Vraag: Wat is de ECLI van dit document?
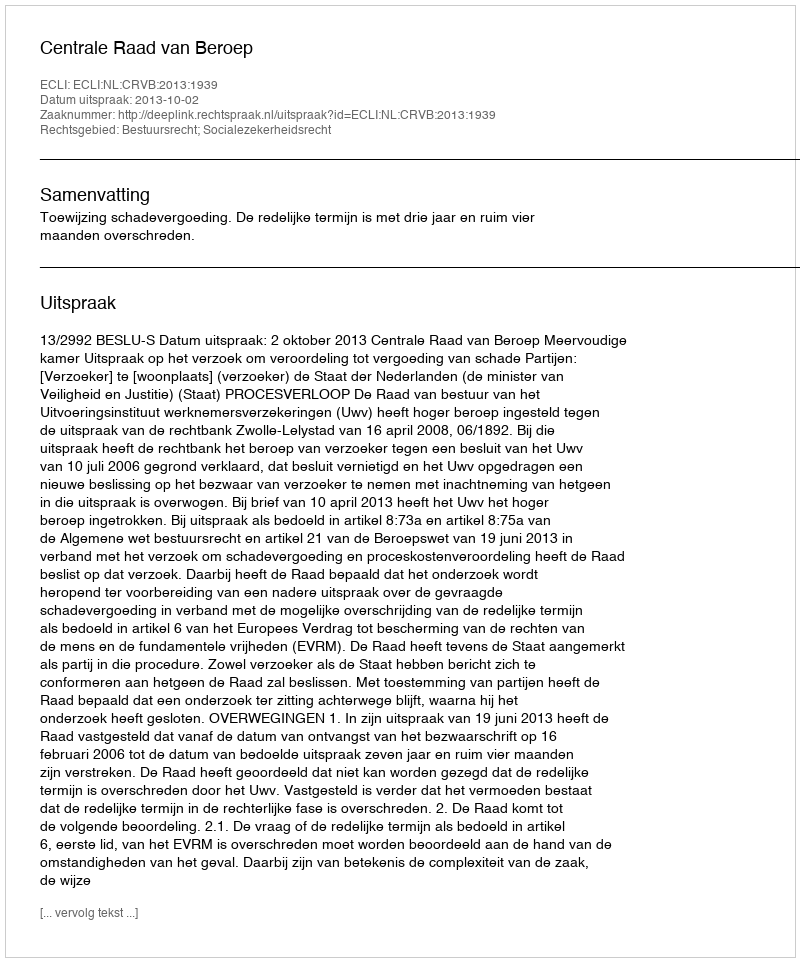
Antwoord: ECLI:NL:CRVB:2013:1939